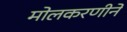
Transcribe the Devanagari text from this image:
मोलकरणीने